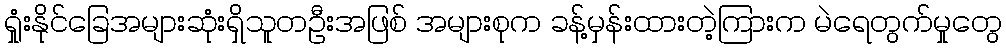
ရှုံးနိုင်ခြေအများဆုံးရှိသူတဦးအဖြစ် အများစုက ခန့်မှန်းထားတဲ့ကြားက မဲရေတွက်မှုတွေ